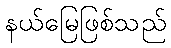
နယ်မြေဖြစ်သည်